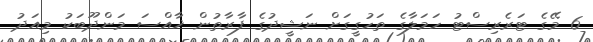
6 މޭގެ ޓަރެރިސްޓު ހަމަލާގެ ތަހުގީގަށް ނަޝީދުގެ ފާރާތުން ޚާއްސަ މަންދޫބަކު މިއަދު